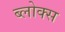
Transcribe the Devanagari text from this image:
ब्लोक्स